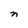
Character: n